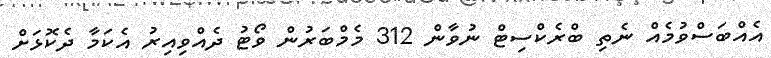
އެއްބަސްވުމެއް ނެތި ބްރެކްސިޓް ނުވާން 312 މެމްބަރުން ވޯޓު ދެއްވިއިރު އެކަމާ ދެކޮޅަށް